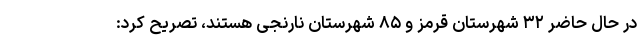
در حال حاضر ۳۲ شهرستان قرمز و ۸۵ شهرستان نارنجی هستند، تصریح کرد: